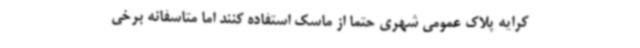
کرایه پلاک عمومی شهری حتما از ماسک استفاده کنند اما متاسفانه برخی